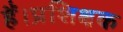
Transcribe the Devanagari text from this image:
हैं।प्रशिक्षक